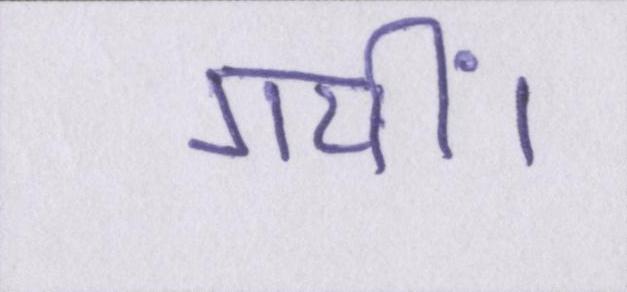
गयीं।